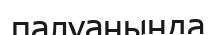
палуанында